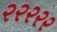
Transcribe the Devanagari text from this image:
२२२२२